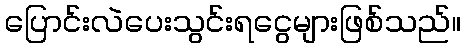
ပြောင်းလဲပေးသွင်းရငွေများဖြစ်သည်။